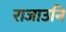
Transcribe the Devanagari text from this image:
राजाउनि